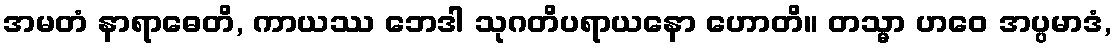
အမတံ နာရာဓေတိ, ကာယဿ ဘေဒါ သုဂတိပရာယနော ဟောတိ။ တသ္မာ ဟဝေ အပ္ပမာဒံ,